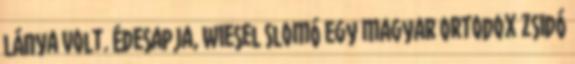
lánya volt. Édesapja, Wiesel Slomó egy magyar ortodox zsidó